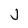
Character: j